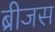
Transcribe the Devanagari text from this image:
ब्रीजस